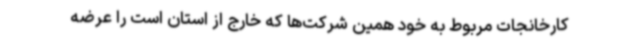
کارخانجات مربوط به خود همین شرکت‌ها که خارج از استان است را عرضه